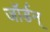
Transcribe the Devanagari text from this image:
जॉर्डन्